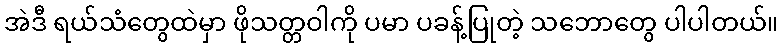
အဲဒီ ရယ်သံတွေထဲမှာ ဖိုသတ္တဝါကို ပမာ ပခန့်ပြုတဲ့ သဘောတွေ ပါပါတယ်။